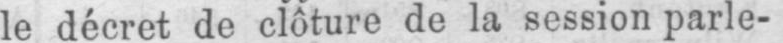
le décret de clôture de la session parle-